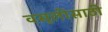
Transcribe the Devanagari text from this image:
वसूलीसाठी